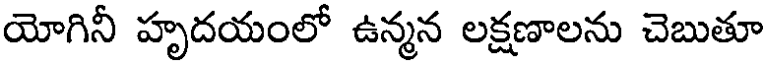
యోగినీ హృదయంలో ఉన్మన లక్షణాలను చెబుతూ